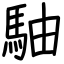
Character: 駎